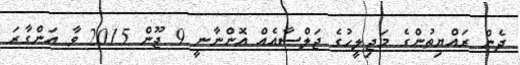
ދެން ރައްޔިތުންގެ މަޖިލީހުގެ ޖަލްސާއެއް އޮންނާނީ 9 ޖޫން 2015 ވާ އަންގާރަ